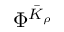
\Phi ^ { \bar { K } _ { \rho } }